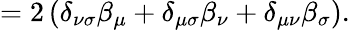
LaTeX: =2\left(\delta_{\nu\sigma}\beta_{\mu}+\delta_{\mu\sigma}\beta_{\nu}+\delta_{\mu\nu}\beta_{\sigma}\right).